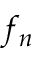
f _ { n }